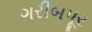
ગરીબપૂર